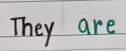
They are